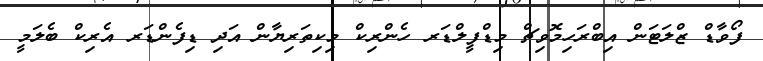
ފޯވާޑް ޒްލަޓަން އިބްރަހިމޮވިޗް މިޑްފީލްޑަރ ހެންރިކް މިކިތަރިޔާން އަދި ޑިފެންޑަރ އެރިކް ބެލަމީ